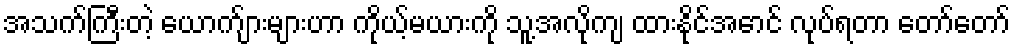
အသက်ကြီးတဲ့ ယောက်ျားများဟာ ကိုယ့်မယားကို သူ့အလိုကျ ထားနိုင်အောင် လုပ်ရတာ တော်တော်